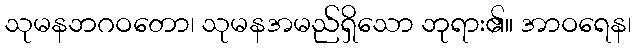
သုမနဘဂဝတော၊ သုမနအမည်ရှိသော ဘုရား၏။ အာဝရေန၊